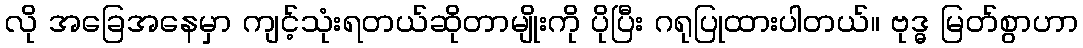
လို အခြေအနေမှာ ကျင့်သုံးရတယ်ဆိုတာမျိုးကို ပိုပြီး ဂရုပြုထားပါတယ်။ ဗုဒ္ဓ မြတ်စွာဟာ